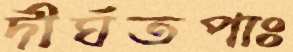
দীর্ঘতপাঃ